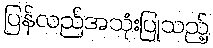
ပြန်လည်အသုံးပြုသည့်